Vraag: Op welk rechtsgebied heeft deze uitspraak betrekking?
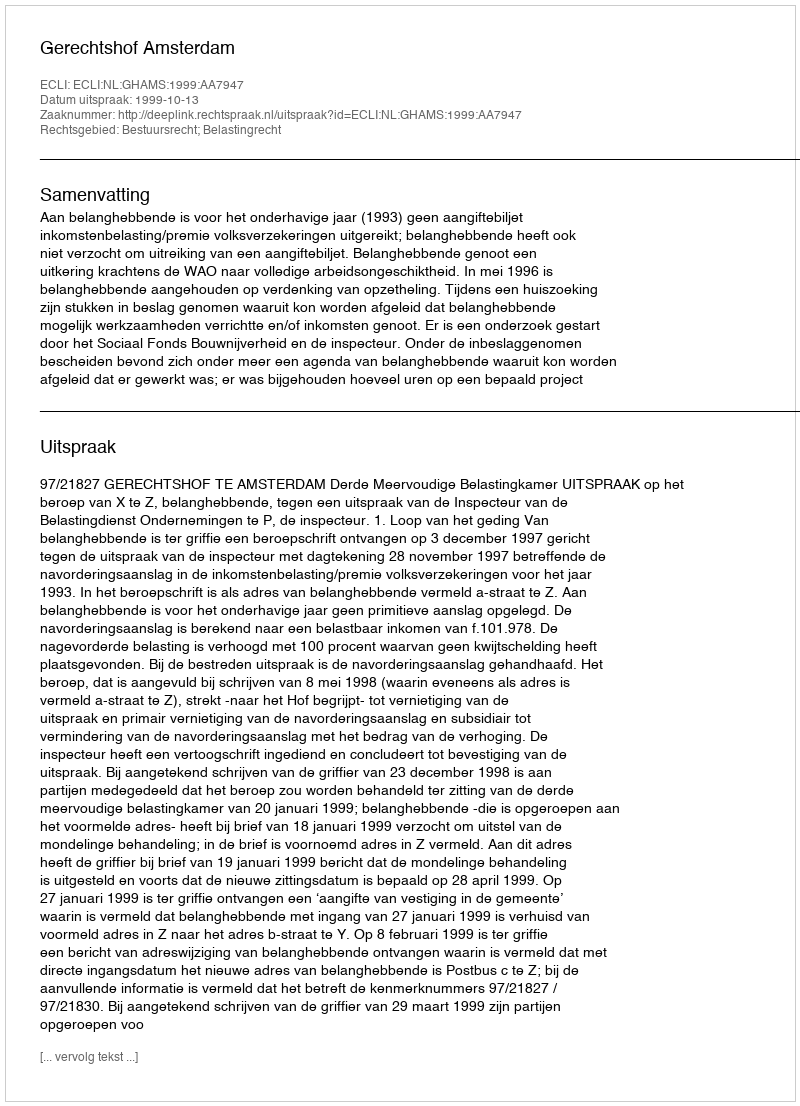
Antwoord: Bestuursrecht; Belastingrecht